Vaccination report Assam 1874-1896 - 1874-1896
Year: 1874
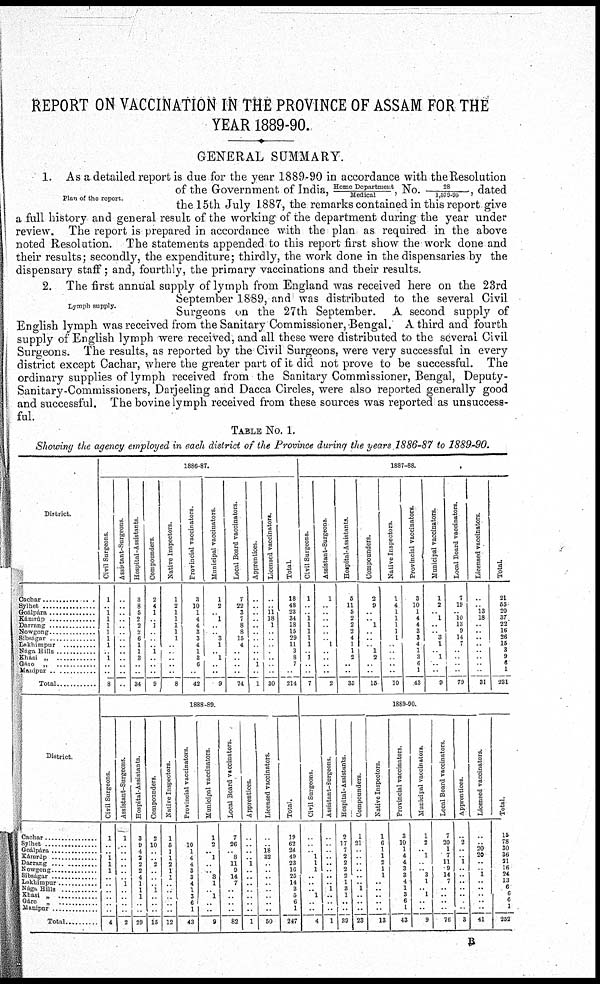
REPORT ON VACCINATION IN THE PROVINCE OF ASSAM FOR THE
YEAR 1889-90.
GENERAL SUMMARY.
Plan of the report.
1. As a detailed report is due for the year 1889-90 in accordance with the Resolution
of the Government of India, Home Department/Medical, No. 28/1,579.95 , dated
the 15th July 1887, the remarks contained in this report give
a full history and general result of the working of the department during the year under
review. The report is prepared in accordance with the plan as required in the above
noted Resolution. The statements appended to this report first show the work done and
their results; secondly, the expenditure; thirdly, the work done in the dispensaries by the
dispensary staff; and, fourthly, the primary vaccinations and their results.
Lymph supply.
2. The first annual supply of lymph from England was received here on the 23rd
September 1889, and was distributed to the several Civil
Surgeons on the 27th September. A second supply of
English lymph was received from the Sanitary Commissioner, Bengal. A third and fourth
supply of English lymph were received, and all these were distributed to the several Civil
Surgeons. The results, as reported by the Civil Surgeons, were very successful in every
district except Cachar, where the greater part of it did not prove to be successful. The
ordinary supplies of lymph received from the Sanitary Commissioner, Bengal, Deputy-
Sanitary-Commissioners, Darjeeling and Dacca Circles, were also reported generally good
and successful. The bovine lymph received from these sources was reported as unsuccess-
ful.
TABLE No. 1.
Showing the agency employed in each district of the Province during the years 1886-87 to 1889-90.
District.
Cachar ................
Sylhet
Goálpára ................
Kamrúp ................
Lakhimpur
Naga Hills
Khási „
..............
Gálo
„
..............
Manipur ............
Total ............
1886-87.
Civil Surgeons.
1
.. 1
1
1
1
1
1
.. 1
..
..
8
Assistant-Surgeons.
..
..
.. ..
..
..
..
..
..
..
..
..
..
Hospital-Assistants
3
8
5
2
2
2
6
1
1
3
..
..
34
Compounders
2
4
1
.. 1
..
..
. 1
.
..
..
9
Native Inspectors.
1
2
1 1
1
1
1
.
.
.
..
..
8
Provincial vaccinators.
3
10
1
4
4
3
3
4
1
3
6
..
42
Municipal vaccinators.
1
2
.. 1
..
.. 3
1
.. 1
.. ..
9
Local Board vaccinators.
7
22
3
7 8
8
15
4
..
..
..
..
74
Apprentices
..
..
.. ..
..
..
..
..
.. 1
..
1
Licensed vaccinators.
..
.. 11
18
1
..
..
..
..
..
30
Total.
18
48
23
34
18
15
29
11
3
8
7
..
214
1887-88.
Civil Surgeons.
1
..
.. 1
1
1
1
1
. 1
..
..
7
Assistant-Surgeons
1
..
.. ..
..
..
.. 1
..
..
..
..
2
Hospital-Assistants.
5
11
5
2
2
2
4
1
1
2
..
..
35
Compounders.
2
9
.. .. 1
.. ..
.. 1
2
.. ..
15
Native Inspectors.
1
4
1 1
1
1
1
..
..
.. ..
10
Provincial vaccinators.
3
10
1
4
4
3
3
4
1
3
6
1
43
Municipal vaccinators.
1
2
.. 1
..
.. 3
1
.. 1
..
..
9
Local Board vaccinators.
7
19
.. 10
13
9
14
7
..
.
..
.
79
Licensed vaccinators.
..
.. 13 18
..
.. ..
..
..
..
..
.
31
Total.
21
55
20
37
22
16
26
15
3
9
6
1
231
District.
Cachar ................
Sylhet
Goálpára
Kámrúp
Darrang ..........
Nowgong
..........
Sibságar
Lakhimpur
Nága Hills
Khasi „ ..............
Gáro
„ ..............
Manipur
Total ...........
1888-89.
Civil Surgeons.
1
..
.. 1
1
1
.
..
..
..
..
..
4
Assistant-Surgeons.
1
..
..
..
..
..
.. 1
..
..
..
..
2
Hospital-Assistants.
3
9
4
2
2
2
4
1
1
1
..
..
29
Compounders
2
10
..
.. 2
..
..
.. 1
..
..
..
15
Native Inspectors.
1
5
1
1
2
1
1
..
..
..
..
..
12
Provincial vaccinators.
10
1
4
4
3
3
4
1
3
6
1
43
Municipal vaccinators.
1
2
.. 1
..
.. 3
1
.. 1
.. .
9
Local Board vaccinators.
7
26
.. 8
11
9
14
7
..
..
..
..
82
Apprentices.
..
..
..
..
1
..
..
..
..
..
..
..
1
Licensed vaccinators.
..
..
18
32
.
..
..
..
..
..
..
..
50
Total.
19
62
24
49
23
16
25
14
3
5
6
1
247
1889-90.
Civil Surgeons.
..
..
.. 1
1
1
.. ..
.. 1
.
4
Assistant-Surgeons.
..
..
..
..
..
..
..
.. 1
..
.
1
Hospital-Assistants.
2
17
7
2
2
2
2
1
3
1
..
39
Compounders.
1
21
..
..
..
..
..
.. 1
..
..
23
Native Inspectors.
1
6
1
1
2
1
1
..
..
..
..
13
13
Provincial vaccinators.
3
10
1
4
4
3
3
4
1
3
6
1
43
Municipal vaccinators.
1
2
.. 1
.. .. 3
1
.. 1
..
..
9
Local Board vaccinators.
7
20
1
7
11
9
14
7
..
..
..
76
Apprentices.
..
2
..
.. 1
..
..
..
..
..
..
3
Licensed vaccinators.
..
.. 20
20
..
.. 1
..
..
.. ..
41
Total.
15
78
30
36
21
16
24
13
6
6
6
1
252
B